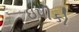
ઇપીકો